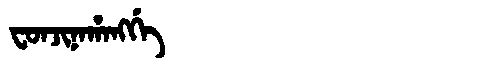
Manchu: ᠸᠣᠨᠵᡳᠨᠠᡥᠠᠩᡤᡝ
Romanization: FONJINAHANGGE